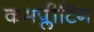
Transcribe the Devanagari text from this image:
कमप्लीटिंग